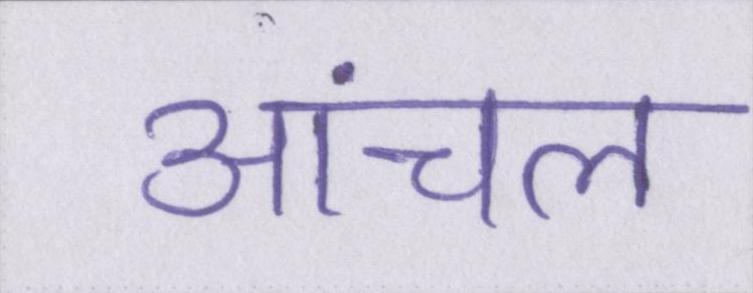
आंचल